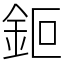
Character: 鉕